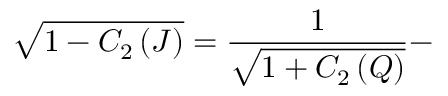
\sqrt { 1 - C _ { 2 } \left( J \right) } = \frac { 1 } { \sqrt { 1 + C _ { 2 } \left( Q \right) } } -